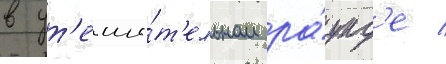
в ут'еши́т'ельном ра́унд'е /